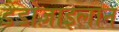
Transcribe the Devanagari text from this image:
डैडोज़ाइलान